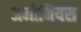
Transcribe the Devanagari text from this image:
अमीनियस